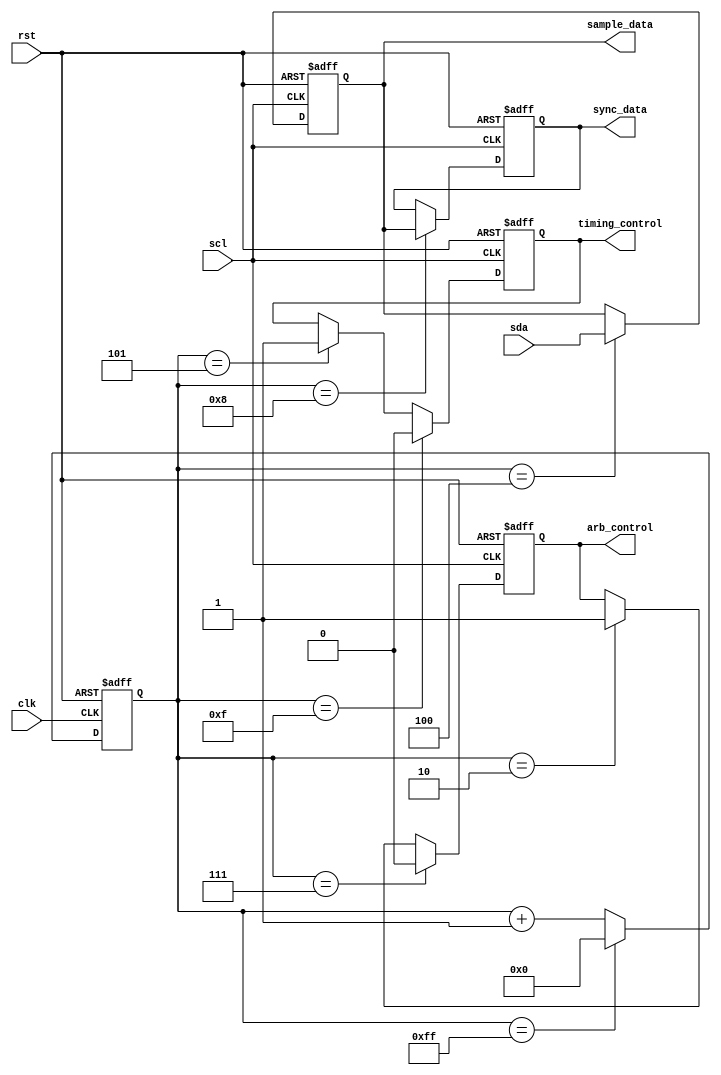
module i2c_timing_control(
    input wire clk,
    input wire rst,
    input wire scl, //clock signal for I2C bus
    input wire sda, //data signal for I2C bus
    output reg sample_data,
    output reg sync_data,
    output reg arb_control,
    output reg timing_control
);

reg [7:0] count;

//Clock signal generation module
always @(posedge clk or posedge rst) begin
    if(rst) begin
        count <= 0;
    end else begin
        if(count == 8'hFF) begin
            count <= 0;
        end else begin
            count <= count + 1;
        end
    end
end

//Data sampling and synchronization module
always @(posedge scl or posedge rst) begin
    if(rst) begin
        sample_data <= 0;
        sync_data <= 0;
    end else begin
        if(count == 4'h4) begin //sample data at halfway through data bits
            sample_data <= sda;
        end
        if(count == 8'h8) begin //sync data after all bits have been sampled
            sync_data <= sample_data;
        end
    end
end

//Arbitration and timing control module
always @(posedge scl or posedge rst) begin
    if(rst) begin
        arb_control <= 0;
        timing_control <= 0;
    end else begin
        if(count == 4'h2) begin //start arbitration at the beginning of arbitration period
            arb_control <= 1;
        end
        if(count == 8'h7) begin //finish arbitration at the end of arbitration period
            arb_control <= 0;
        end
        if(count == 4'h5) begin //start timing control after arbitration period
            timing_control <= 1;
        end
        if(count == 8'hF) begin //finish timing control after timing period
            timing_control <= 0;
        end
    end
end

endmodule